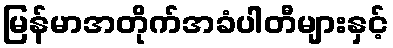
မြန်မာအတိုက်အခံပါတီများနှင့်